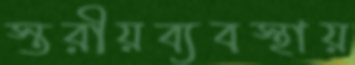
স্তরীয়ব্যবস্থায়